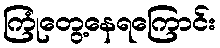
ကြုံတွေ့နေရကြောင်း